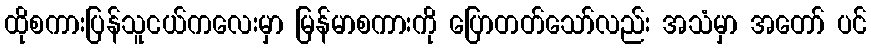
ထိုစကားပြန်သူငယ်ကလေးမှာ မြန်မာစကားကို ပြောတတ်သော်လည်း အသံမှာ အတော် ပင်